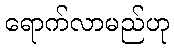
ရောက်လာမည်ဟု